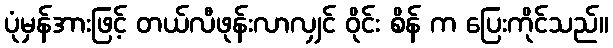
ပုံမှန်အားဖြင့် တယ်လီဖုန်းလာလျှင် ဝိုင်း စိန် က ပြေးကိုင်သည်။